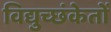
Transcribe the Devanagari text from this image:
विद्युच्छंकेतों